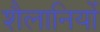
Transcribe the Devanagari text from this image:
शैलानियों